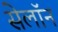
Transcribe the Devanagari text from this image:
सेलॉन